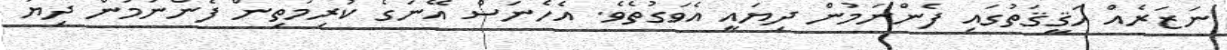
ނަޒަރެއް ޙަޤީޤަތުގައި ފެންނަމުން ދިޔައީ އެވަގުތެވެ. އެހެނަސް އޭނަގެ ކުރިމަތިން ފެންނަމުން ދިޔަ